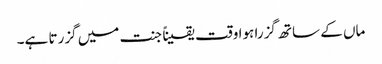
ماں کے ساتھ گزرا ہوا وقت یقیناً جنت میں گزرتا ہے۔